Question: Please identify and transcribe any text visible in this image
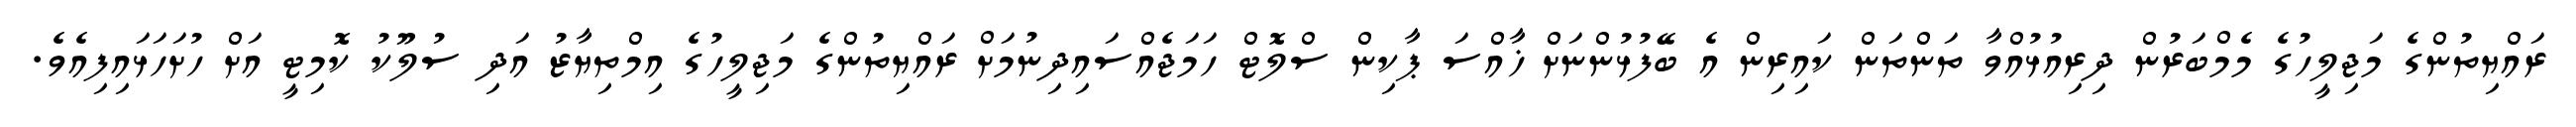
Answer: ރައްޔިތުންގެ މަޖިލީހުގެ މެމްބަރުން ދިރިއުޅުއްވާ ތަންތަން ކައިރިން އެ ބޭފުޅުންނަށް ޚާއްސަ ޕާކިން ސްލޮޓް ހަމަޖެއްސައިދިނުމަށް ރައްޔިތުންގެ މަޖިލީހުގެ އިމްތިޔާޒު އަދި ސުލޫކު ކޮމިޓީ އަށް ހުށަހަޅައިފިއެވެ.